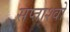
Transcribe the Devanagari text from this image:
सप्ताश्वो